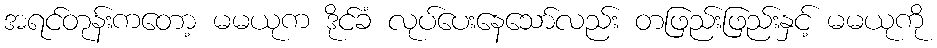
အရင်တုန်းကတော့ မမယုက ဒိုင်ခံ လုပ်ပေးနေသော်လည်း တဖြည်းဖြည်းနှင့် မမယုကို